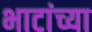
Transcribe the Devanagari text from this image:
भाटांच्या